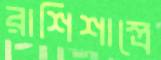
রাশিশাস্ত্রে